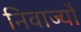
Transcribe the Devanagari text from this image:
निवाज्यौ